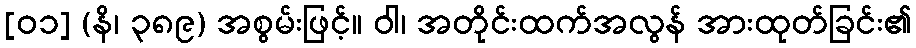
[၀၁] (နိ၊ ၃၈၉) အစွမ်းဖြင့်။ ဝါ၊ အတိုင်းထက်အလွန် အားထုတ်ခြင်း၏